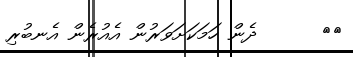
٦٨      ދެން ހަމަކަށަވަރުން އެއުރެން އެނބުރި